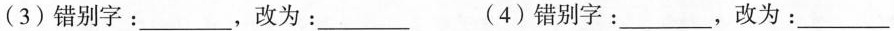
(3)错别字：___，改为：___ (4)错别字：___，改为：___